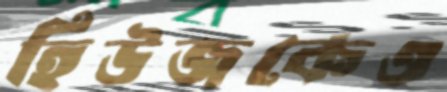
হিউজকেও